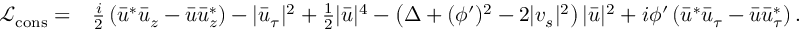
\begin{array} { r l } { { \mathcal { L } } _ { \mathrm { c o n s } } = } & { \frac { i } { 2 } \left( \bar { u } ^ { * } \bar { u } _ { z } - \bar { u } \bar { u } _ { z } ^ { * } \right) - | \bar { u } _ { \tau } | ^ { 2 } + \frac { 1 } { 2 } | \bar { u } | ^ { 4 } - \left( \Delta + ( \phi ^ { \prime } ) ^ { 2 } - 2 | v _ { s } | ^ { 2 } \right) | \bar { u } | ^ { 2 } + i \phi ^ { \prime } \left( \bar { u } ^ { * } \bar { u } _ { \tau } - \bar { u } \bar { u } _ { \tau } ^ { * } \right) . } \end{array}